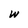
Character: w